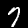
Label: 7